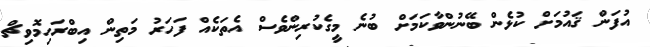
އުފަން ޤައުމަށް ކުޅެން ބޭނުންވާކަމަށް ބުނެ މީގެކުރިންވެސް އެތަކެއް ފަހަރު މަތިން އިބްރަހިމޮވިޗް